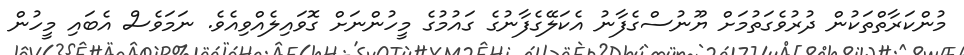
މުންކަރާތްތަކުން ދުރުވެގަތުމަށް ޔޫނުސްގެފާނު އެކަލޭގެފާނުގެ ގައުމުގެ މީހުންނަށް ގޮވައިލެއްވިއެވެ. ނަމަވެސް އެބައި މީހުން